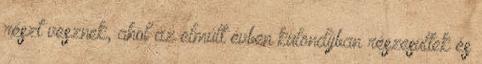
részt vesznek, ahol az elmúlt évben különdíjban részesültek és